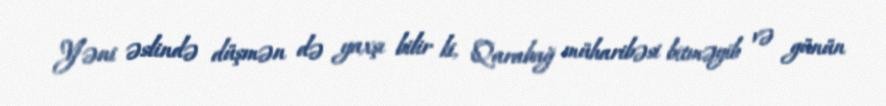
Yəni əslində düşmən də yaxşı bilir ki, Qarabağ müharibəsi bitməyib və günün